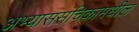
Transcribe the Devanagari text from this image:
अभ्याससंचिकामधील